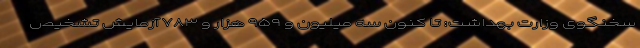
سخنگوی وزارت بهداشت: تا کنون سه میلیون و ۹۵۹ هزار و ۷۸۳ آزمایش تشخیص